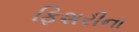
ફિશરીના